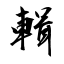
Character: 輯